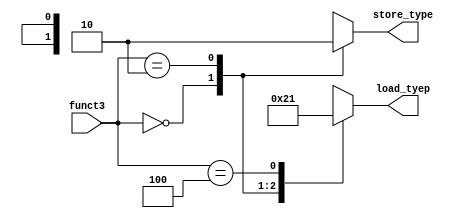
module lsu (
    input  wire [2 : 0]     funct3,
    output reg  [1 : 0]  load_tyep,
    output reg          store_type
);
    always @(*) begin
        case (funct3)
            3'b000: begin
                load_tyep = 2'b10;
                store_type = 1'b1;
            end
            3'b010: begin
                load_tyep = 2'b00;
                store_type = 1'b0;
            end
            3'b100: begin
                load_tyep = 2'b01;
                store_type = 1'bx;
            end 
            default: begin
                load_tyep = 2'bx;
                store_type = 1'bx;
            end
        endcase
    end
    
endmodule